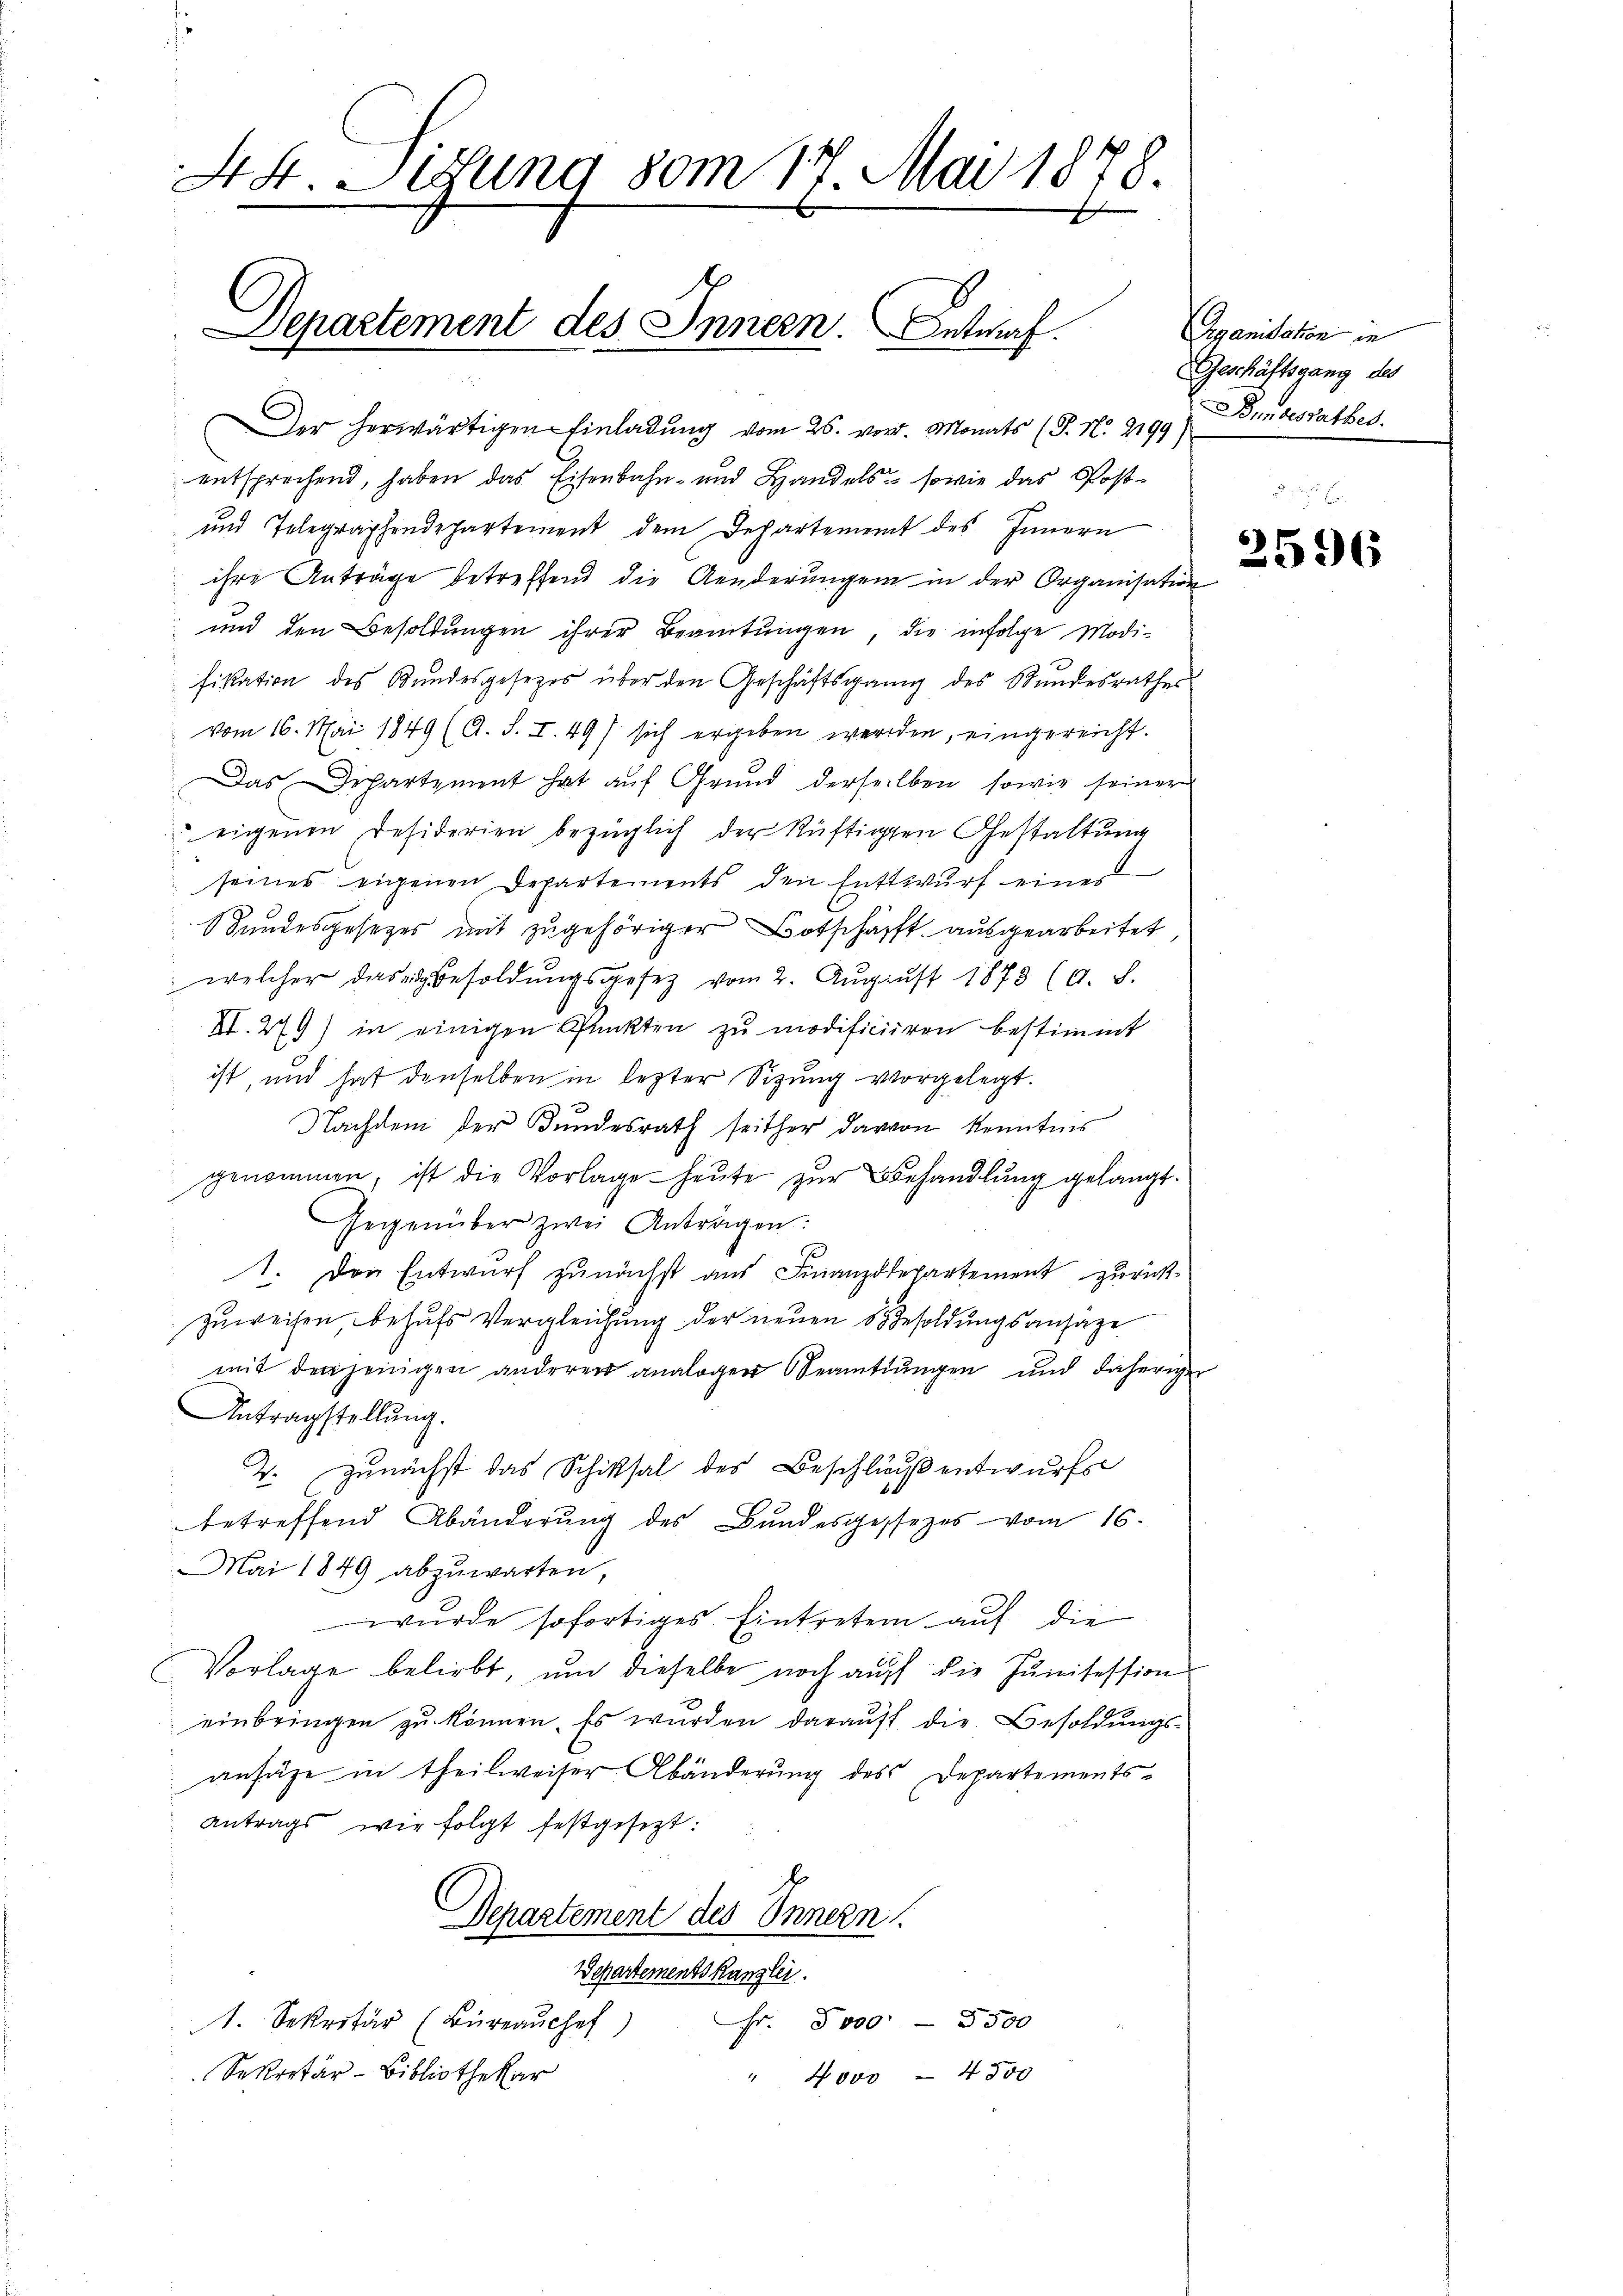
44 Sitzung vom 17. Mai 1878.

Departement des Innern. Betraf

er herwärtigen Einladung vom 26. vor. Monats (T. N. 2199
entsprechend, haben das Eisenbahn- und Handels sowie das Post¬
und Telegraphendepartement dem Departement des Innern
ihre Anträge betreffend die Aenderungen in der Organisation
und den Besoldŭngen ihrer Beamtŭngen, die infolge Modi-
fikation des Bundesgesetzes über den Geschäftsgang des Stundesrathes
vom 16. Mai 1849 (A. S. I. 49/ sich ergeben werden, eingereicht.
Das Departement hat auf Grund derselben sowie seiner
eigenen Desiderien bezüglich der Rüftigen Gestaltung
seines eigenen Departements den Entwurf eines
Bundesgesetzes mit zugehöriger Botschäfft ausgearbeitet
welcher das Besoldungsgesetz vom 2. August 1873 (A. S.
XI. 279) in einigen Punkten zŭ modificieren bestimmt
ist und hat denselben in lezter Sitzung vorgelegt.
Nachdem der Bundesrath seither darvon Kenntnis
genommen, ist die Vorlage heute zur Behandlung gelangt.
Gegenüber zwei Antragen:
1. Den Entwurf zunächst aus Finanzdepartement zurück-
zuweisen behufs Vergleichung der neuen 6 Besoldungsansage
mit denjenigen anderer analogen Beamtŭngen und daherigen
Antragstellung.
2. zunächst das Schiksal des Beschlissentwurfs
betreffend Abänderŭng des Bŭndesgessezes vom 16.
Mai 1849 abzuwarten,
wurde sofortiges Eintreten auf die
Vorlage beliebt, um dieselbe noch auf die Junisession
einbringen zu können. Es wurden darauf die Besoldungsansähe in theilweiser Abänderung des Departements¬
Antrags wie folgt festgesezt:
Departement des Innern.
Departementskanzlei.
Fr. 5000 - 5500
. Sekretär (Büreaŭchef
Sekretär-Bibliothekar
" Novo = 4500

Organisation in
Geschäftsgang des
Bundesrathes.

6
96